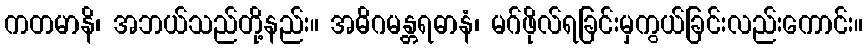
ကတမာနိ၊ အဘယ်သည်တို့နည်း။ အဓိဂမန္တရဓာနံ၊ မဂ်ဖိုလ်ရခြင်းမှကွယ်ခြင်းလည်းကောင်း။